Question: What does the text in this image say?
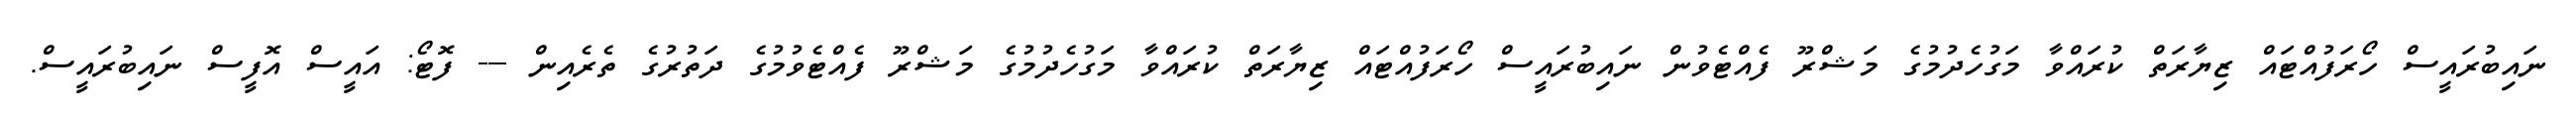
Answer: ނައިބުރައީސް ހޯރަފުއްޓައް ޒިޔާރަތް ކުރައްވާ މަގުހެދުމުގެ މަޝްރޫ ފެއްޓެވުން ނައިބުރައީސް ހޯރަފުއްޓައް ޒިޔާރަތް ކުރައްވާ މަގުހެދުމުގެ މަޝްރޫ ފެއްޓެވުމުގެ ދަތުރުގެ ތެރެއިން --- ފޮޓޯ: އައީސް އޮފީސް ނައިބުރައީސް.